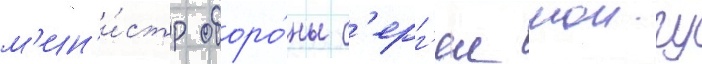
м'ин'и́стр оборо́ны с'ерг'еи шоигу